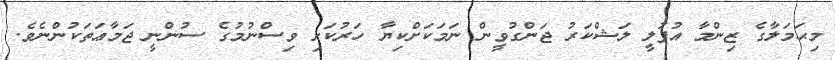
މިޙަމަލާގެ ޒިންމާ އުފުލީ ލަޝްކަރު ޖަންގުވީން ނަމަކަށްކިޔާ ހަރުކަށި ވިސްނުމުގެ ސުންނީ ޖަމާޢަތަކުންނެވެ.